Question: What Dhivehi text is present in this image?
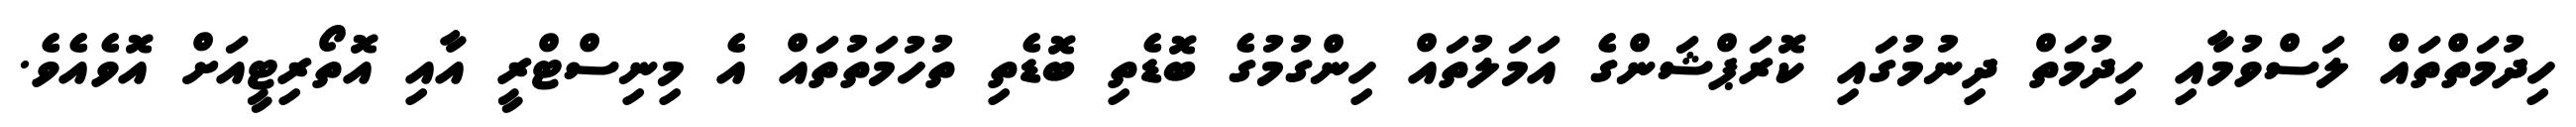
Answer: ހިދުމަތްތައް ލަސްވުމާއި ހިދުމަތް ދިނުމުގައި ކޮރަޕްޝަންގެ އަމަލުތައް ހިންގުމުގެ ބޮޑެތި ބޮޑެތި ތުހުމަތުތައް އެ މިނިސްޓްރީ އާއި އޮތޯރިޓީއަށް އޮވެއެވެ.